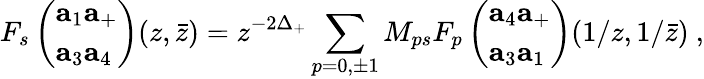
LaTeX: F_{s}\left(\begin{array}{l}{{{\mathbf a}_{1}{\mathbf a}_{+}}}\\ {{{\mathbf a}_{3}{\mathbf a}_{4}}}\end{array}\right)(z,\bar{z})=z^{-2\Delta_{+}}\sum_{p=0,\pm 1}M_{ps}F_{p}\left(\begin{array}{l}{{{\mathbf a}_{4}{\mathbf a}_{+}}}\\ {{{\mathbf a}_{3}{\mathbf a}_{1}}}\end{array}\right)(1/z,1/\bar{z})~,